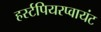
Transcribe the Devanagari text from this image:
हर्स्टपियरप्वायंट